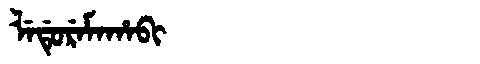
Manchu: ᠯᡝᡩᡠᡵᡝᠮᠠᡥᠠᠪᡳ
Romanization: LEDUREMAHABI